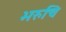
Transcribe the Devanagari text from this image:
भरुचि